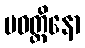
ပဝတ္တိနော